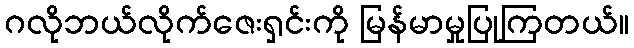
ဂလိုဘယ်လိုက်ဇေးရှင်းကို မြန်မာမှုပြုကြတယ်။